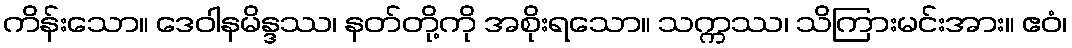
ကိန်းသော။ ဒေဝါနမိန္ဒဿ၊ နတ်တို့ကို အစိုးရသော။ သက္ကဿ၊ သိကြားမင်းအား။ ဧဝံ၊